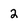
Character: 2